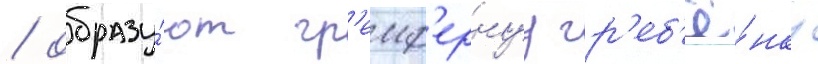
/ образу́ют гр'еиф'ернуу гр'еб'ё́нку